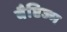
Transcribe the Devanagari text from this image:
बैप्टिज्म